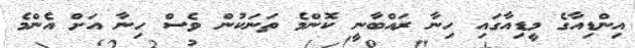
އިންޑިއާގެ މީޑިއާގައި ހިނާ ރައްބާނީ ކޮންމެ ތަނަކުން ވެސް ހިނާ އަށް އެންމެ